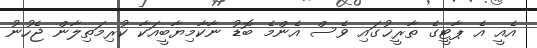
އެއީ އެ ޕާޓީގެ ތާރީޚުގައި ވެސް އެންމެ ބޮޑު ނާކާމިޔާބީއަކާ ކުރިމަތިލާން ޖެހުނު